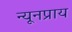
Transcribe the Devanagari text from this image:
न्यूनप्राय